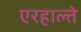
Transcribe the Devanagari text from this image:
एरहाल्ते